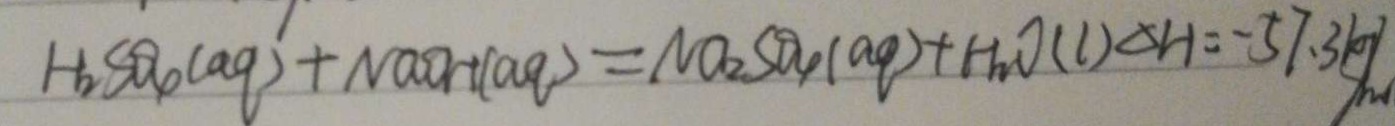
H _ { 2 } S O _ { 4 } ( a q ) + N a O H ( a q ) = N a _ { 2 } S O _ { 4 } ( a q ) + H _ { 2 } O ( l ) \Delta H = - 5 7 . 3 k J / m